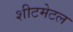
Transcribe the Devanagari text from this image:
शीटमेटल